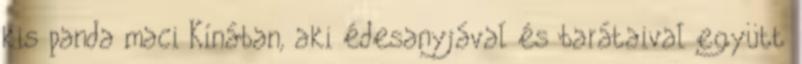
kis panda maci Kínában, aki édesanyjával és barátaival együtt